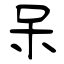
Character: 呆